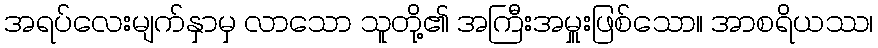
အရပ်လေးမျက်နှာမှ လာသော သူတို့၏ အကြီးအမှူးဖြစ်သော။ အာစရိယဿ၊